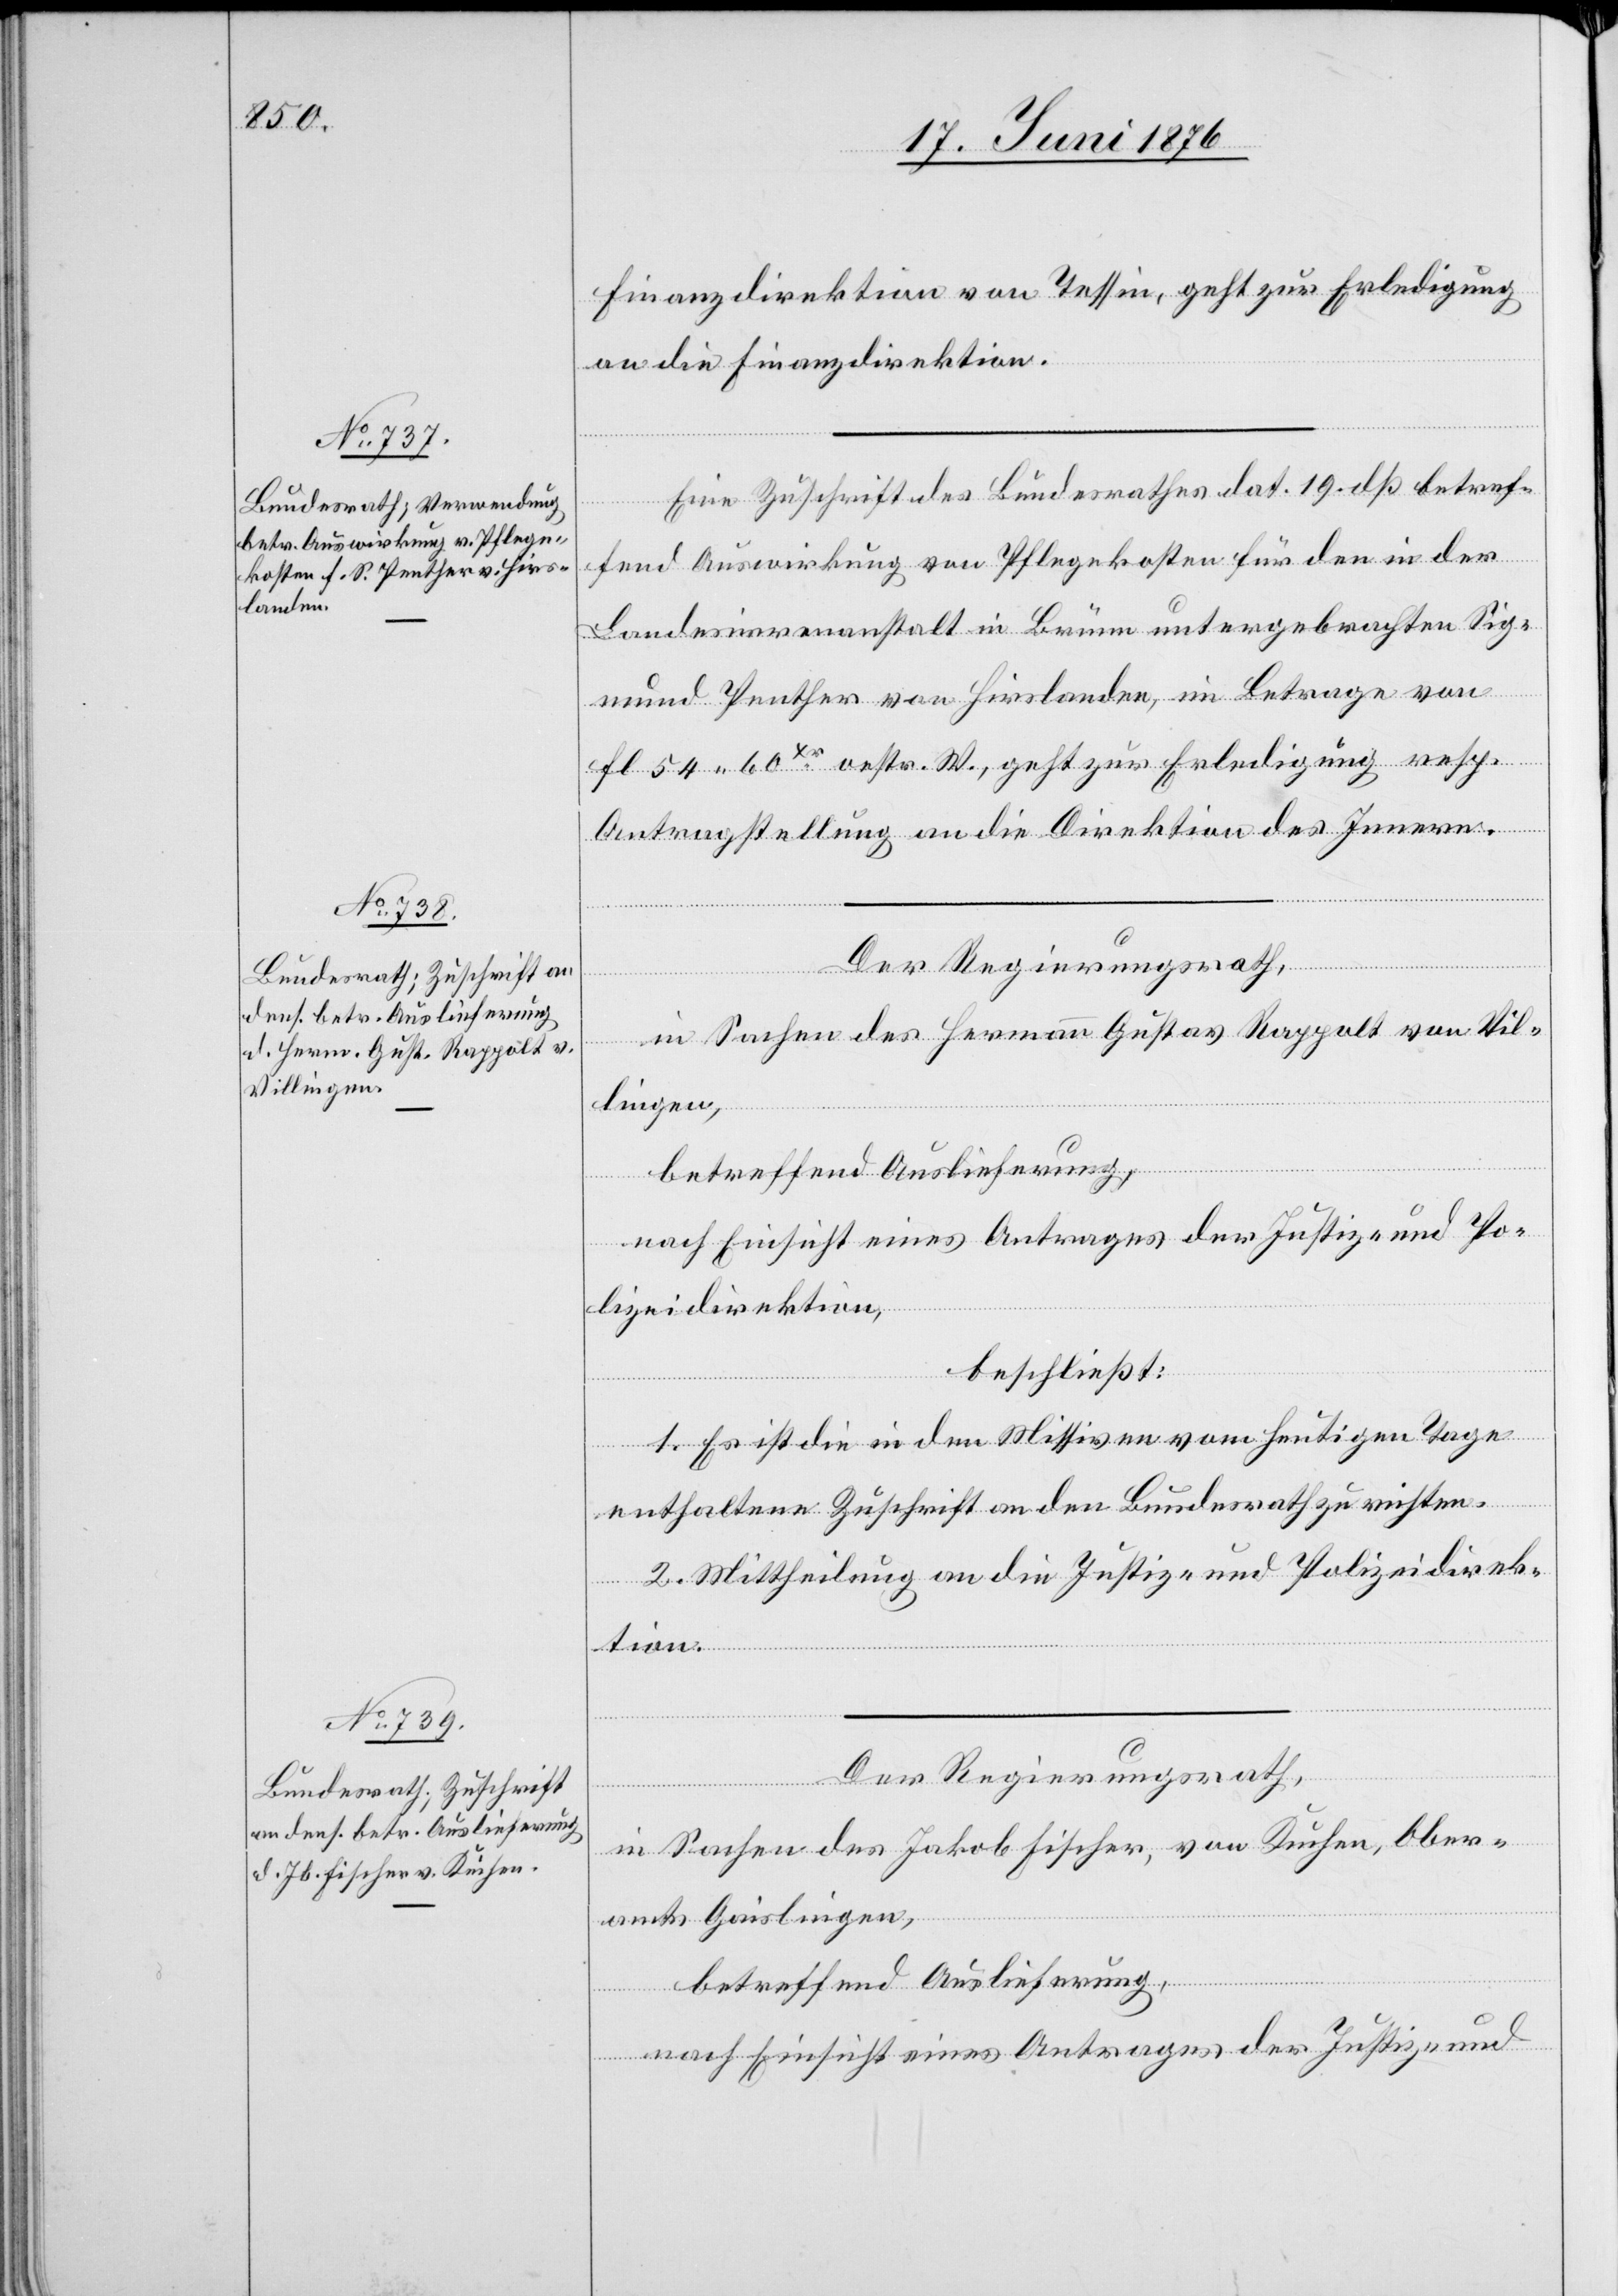
21. Juni 1876.]
Finanzdirektion von Tessin, geht zur Erledigung
an die Finanzdirektion.
Eine Zuschrift des Bundesrathes dat. 19. dß betref¬
fend Auswirkung von Pflegekosten für den in der
Landesirrenanstalt in Brünn untergebrachten Sig¬
mund Penther von Hirslanden, im Betrage von
Fl. 54 60Xr. oestr. W., geht zur Erledigung resp.
Antragstellung an die Direktion des Innern.
Der Regierungsrath,
in Sachen des Hermann Gustav Rappolt von Vil¬
lingen,
betreffend Auslieferung,
nach Einsicht eines Antrages der Justiz- und Po¬
lizeidirektion,
beschließt:
1. Es ist die in den Missiven vom heutigen Tage
enthaltene Zuschrift an den Bundesrath zu richten.
2. Mittheilung an die Justiz- und Polizeidirek¬
tion.
fügungen
Der Regierungsrath,
in Sachen des Jakob Fischer, von Kuchen, Ober¬
amts Gaislingen,
betreffend Auslieferung,
nach Einsicht eines Antrages der Justiz- und